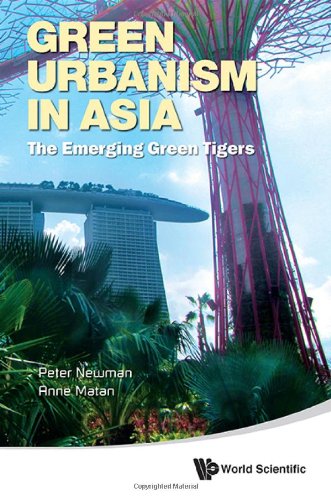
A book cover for Green Urbanism in Asia: The Emerging Green Tigers; Peter Newman; Arts & Photography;